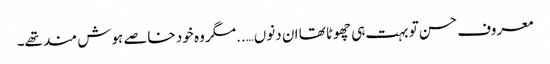
معروف حسن تو بہت ہی چھوٹا تھا ان دنوں…..مگر وہ خود خاصے ہوش مند تھے۔